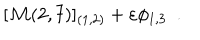
[ { \cal M } ( 2 , 7 ) ] _ { ( 1 , 2 ) } + \varepsilon \phi _ { 1 , 3 } \, \, \, .